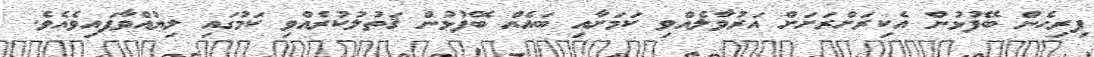
ފިރިހެން ބޭފުޅުން އެކިރަށްރަށަށް އަރުވާލެއްވި ކަމަށާއި ބައެއް ބޭފުޅުން ޤަތުލުކުރެއްވި ކަމުގައި ލިޔުއްވާފައިވެއެވެ.